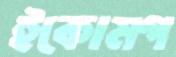
ইকোমগ